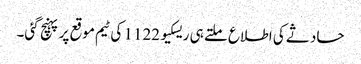
حادثے کی اطلاع ملتے ہی ریسکیو 1122 کی ٹیم موقع پر پہنچ گئی۔